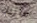
ماربل